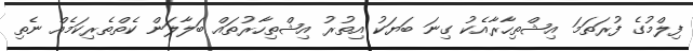
ފިލްމުގެ ފުރަތަމަ އިޝްތިހާރާއެކު ގިނަ ބަޔަކު އިތުރު އިޝްތިހާރުތައް ބަލާލަން ކެތްތެރިކަމެއް ނެތި